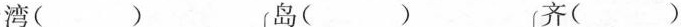
湾() 岛() 齐()